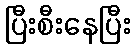
ပြီးစီးနေပြီး